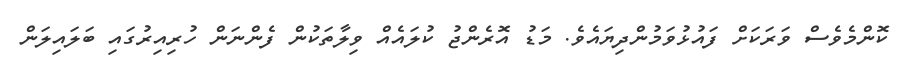
ކޮންމެވެސް ވަރަކަށް ފައުޅުވަމުންދިޔައެވެ. މަޑު އޮރެންޖު ކުލައެއް ވިލާތަކުން ފެންނަން ހުރިއިރުގައި ބަލައިލަން